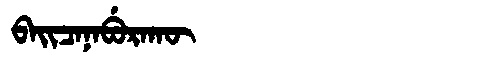
Manchu: ᠪᠠᡳᠴᠠᠨᠠᠪᡠᡵᠠᡴᡡ
Romanization: BAICANABURAKŪ